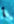
أ